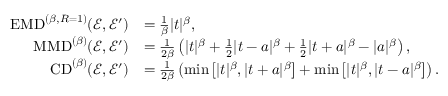
\begin{array} { r l } { \mathrm { E M D } ^ { ( \beta , R = 1 ) } ( \mathcal { E } , \mathcal { E } ^ { \prime } ) } & { = \frac { 1 } { \beta } | t | ^ { \beta } , } \\ { \mathrm { M M D } ^ { ( \beta ) } ( \mathcal { E } , \mathcal { E } ^ { \prime } ) } & { = \frac { 1 } { 2 \beta } \left( | t | ^ { \beta } + \frac { 1 } { 2 } | t - a | ^ { \beta } + \frac { 1 } { 2 } | t + a | ^ { \beta } - | a | ^ { \beta } \right) , } \\ { \mathrm { C D } ^ { ( \beta ) } ( \mathcal { E } , \mathcal { E } ^ { \prime } ) } & { = \frac { 1 } { 2 \beta } \left( \operatorname* { m i n } \left[ | t | ^ { \beta } , | t + a | ^ { \beta } \right] + \operatorname* { m i n } \left[ | t | ^ { \beta } , | t - a | ^ { \beta } \right] \right) . } \end{array}